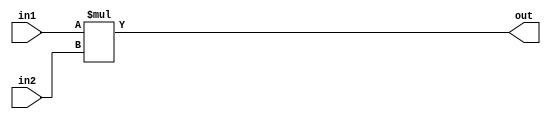
module MUL4 #(parameter SIZE = 4)(input [SIZE-1:0] in1, in2, output [2*SIZE-1:0] out);
assign out = in1*in2;
endmodule